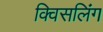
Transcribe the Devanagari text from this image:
क्विसलिंग